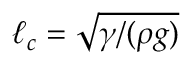
\ell _ { c } = \sqrt { \gamma / ( \rho g ) }